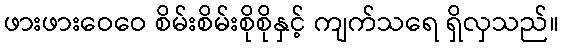
ဖားဖားဝေဝေ စိမ်းစိမ်းစိုစိုနှင့် ကျက်သရေ ရှိလှသည်။